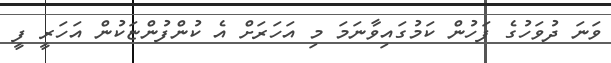
ވަނަ ދުވަހުގެ ފަހުން ކަމުގައިވާނަމަ މި އަހަރަށް އެ ކުންފުންޏަކުން އަހަރީ ފީ